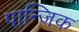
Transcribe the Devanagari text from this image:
पान्जिक